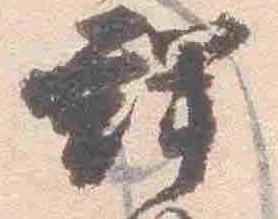
群